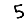
Digit: 5